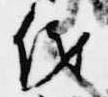
儀